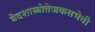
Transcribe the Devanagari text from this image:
वेदशास्त्रोत्तेजकसभेची